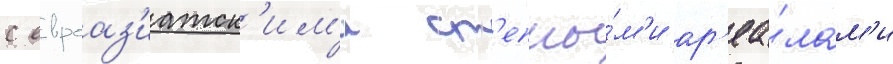
с евроаз'иатск'им'и ст'епны́м'и ар'еа́лам'и